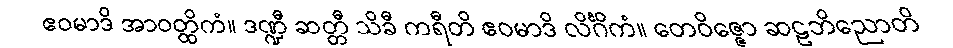
ဧဝမာဒိ အာဝတ္ထိကံ။ ဒဏ္ဍီ ဆတ္တီ သိခီ ကရီတိ ဧဝမာဒိ လိင်္ဂိကံ။ တေဝိဇ္ဇော ဆဠဘိညောတိ